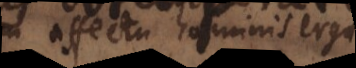
in affectu hominis erga